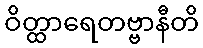
ဝိတ္ထာရေတဗ္ဗာနီတိ